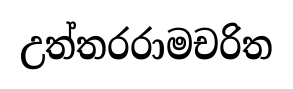
උත්තරරාමචරිත